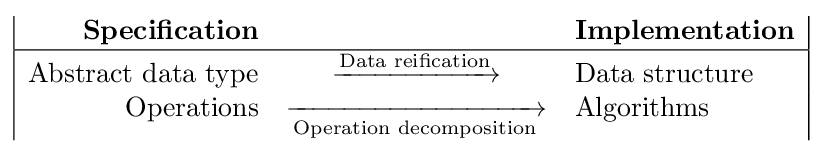
{\begin{array}{|rcl|}{\textbf {Specification}}&&{\textbf {Implementation}}\\\hline {\text{Abstract data type}}&\xrightarrow {\text{Data reification}} &{\text{Data structure}}\\{\text{Operations}}&{\xrightarrow[{\text{Operation decomposition}}]{}}&{\text{Algorithms}}\end{array}}